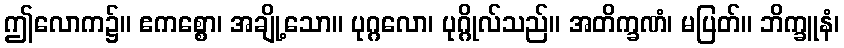
ဤလောက၌။ ဧကစ္စော၊ အချို့သော။ ပုဂ္ဂလော၊ ပုဂ္ဂိုလ်သည်။ အတိက္ခဏံ၊ မပြတ်။ ဘိက္ခူနံ၊